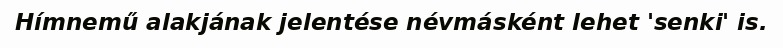
Hímnemű alakjának jelentése névmásként lehet 'senki' is.